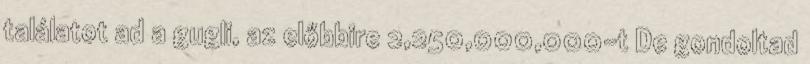
találatot ad a gugli, az előbbire 2,250,000,000-t De gondoltad